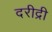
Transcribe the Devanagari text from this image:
दरीद्री